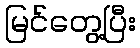
မြင်တွေ့ပြီး